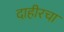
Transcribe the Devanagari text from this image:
दाहीरचा